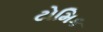
ટોમિક